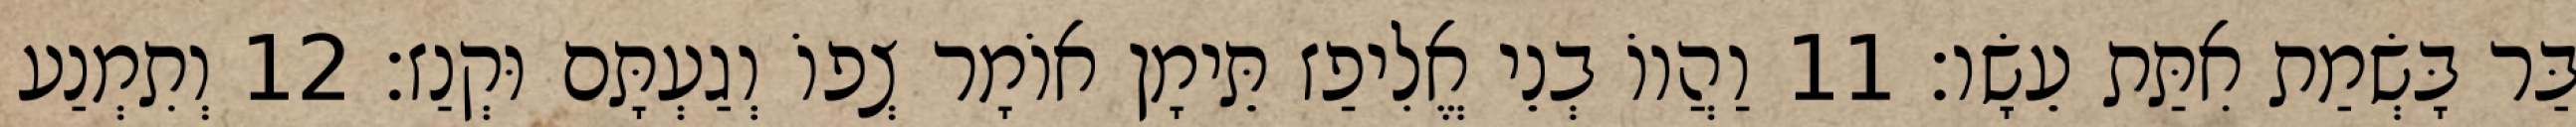
בַּר בָּשְׂמַת אִתַּת עֵשָׂו׃ 11 וַהֲווֹ בְנֵי אֱלִיפַז תֵּימָן אוֹמָר צְפוֹ וְגַעְתָּם וּקְנַז׃ 12 וְתִמְנַע